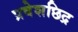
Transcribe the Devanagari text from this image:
प्रवेशछिद्र